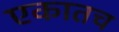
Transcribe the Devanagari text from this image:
एकातच